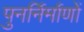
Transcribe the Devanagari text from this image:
पुनर्निर्माणों